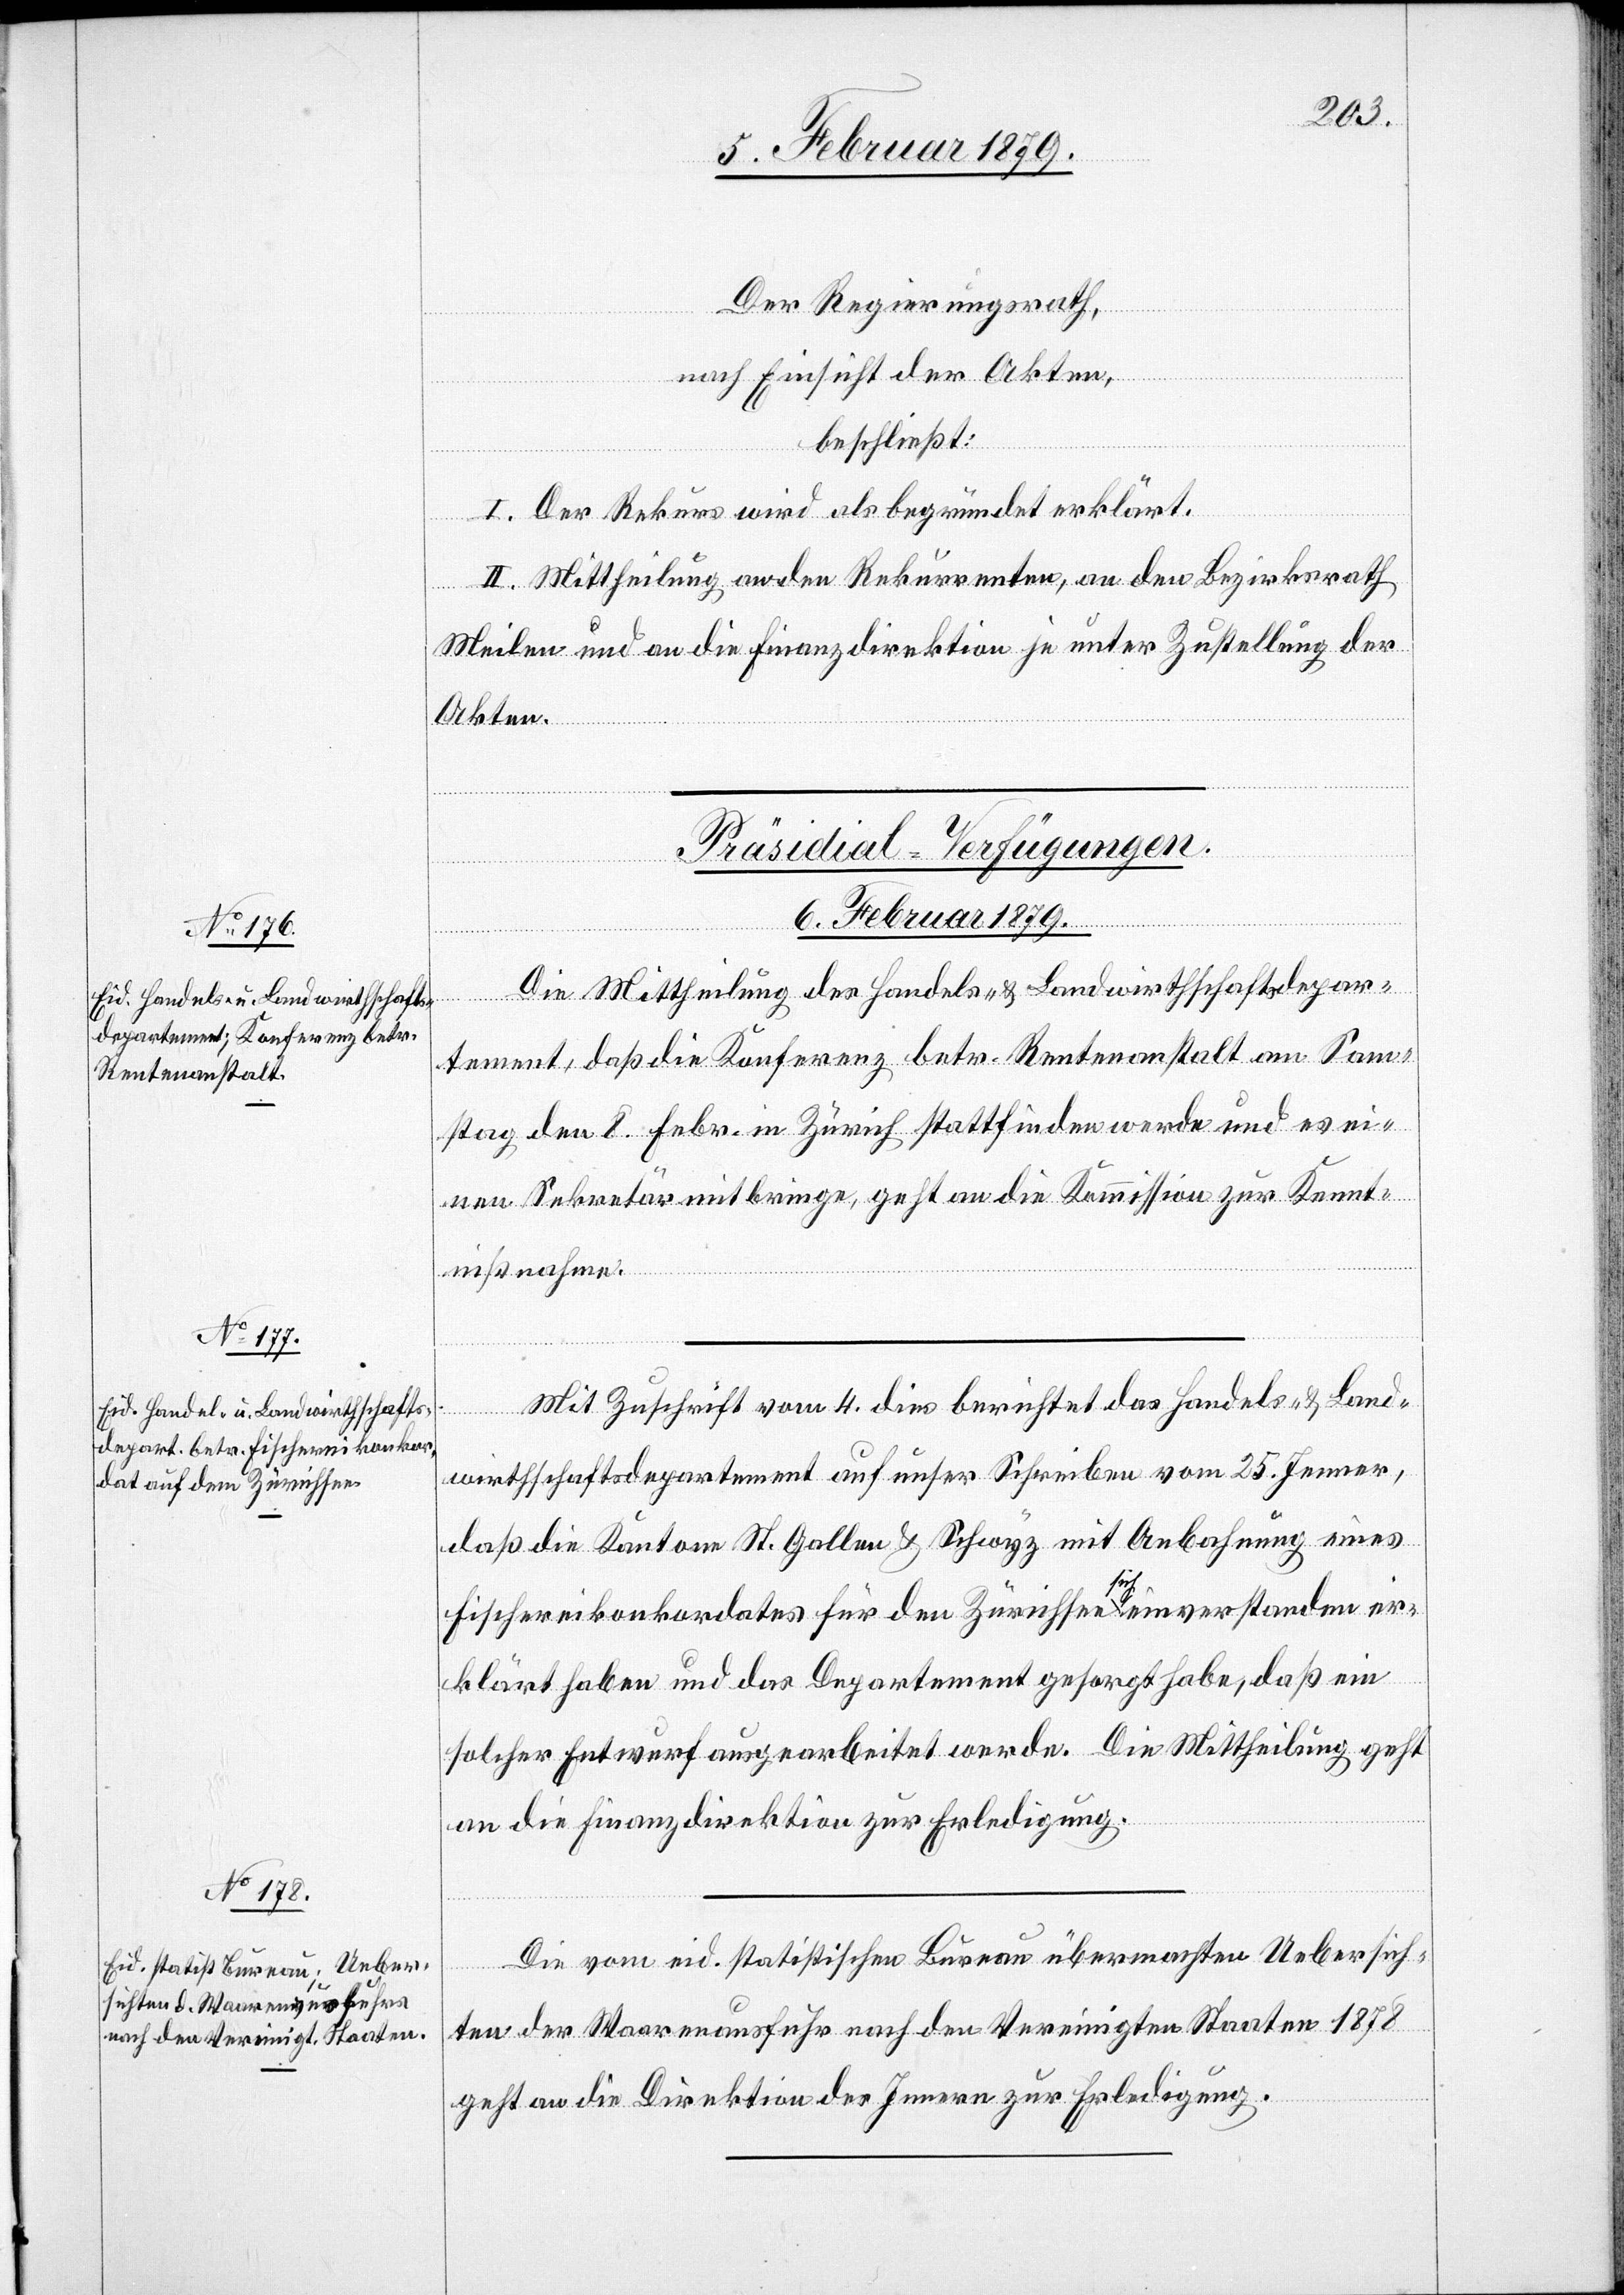
Der Regierungsrath,
nach Einsicht der Akten,
beschließt:
Die
I. Der Rekurs wird als begründet erklärt.
II. Mittheilung an den Rekurrenten, an den Bezirksrath
Meilen und an die Finanzdirektion je unter Zustellung der
Akten.
depar¬
[Präsidial-Verfügungen.
6. Februar 1879.]
tement, daß die Konferenz betr. Rentenanstalt am Sam¬
stag den 8. Febr. in Zürich stattfinden werde und es ei¬
nen Sekretär mitbringe, geht an die Kommission zur Kennt¬
nißnahme.
Mit Zuschrift vom 4. dies berichtet das Handels- & Land¬
des Handels- & Landwirthschafts¬
wirthschaftsdepartement auf unser Schreiben vom 25. Jenner,
daß die Kantone St. Gallen & Schwyz mit Anbahnung eines
Fischereikonkordates für den Zürichsee a-sich-a einverstanden er¬
klärt haben und das Departement gesorgt habe, daß ein
solcher Entwurf ausgearbeitet werde. Die Mittheilung geht
an die Finanzdirektion zur Erledigung.
Die vom eid. statistischen Bureau übermachten Uebersich¬
ten der Waarenausfuhr nach den Vereinigten Staaten 1878
geht an die Direktion des Innern zur Erledigung.